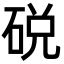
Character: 䂱